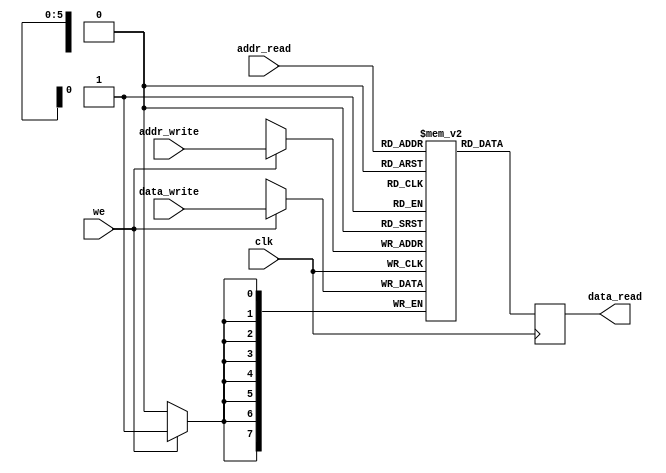
`timescale 1ns / 1ps
//////////////////////////////////////////////////////////////////////////////////
// Company: 
// Engineer: 
// 
// Design Name: 
// Module Name: ram
// Project Name: 
// Target Devices: 
// Tool Versions: 
// Description: 
// 
// Dependencies: 
// 
// Revision:
// Revision 0.01 - File Created
// Additional Comments:
// 
//////////////////////////////////////////////////////////////////////////////////


module ram_citire_sincron(
    input [5:0] addr_read,
    input [5:0] addr_write,
    input we,
    input clk,
    input [7:0] data_write,
    output reg [7:0] data_read
    );
    
    reg [7:0] memorie_meu [0:63];
    
    always@(posedge clk)begin
        if(we)begin
            memorie_meu[addr_write] <= data_write;
        end
    end
    
    always@(posedge clk)begin
        data_read <= memorie_meu[addr_read];
    end
endmodule